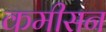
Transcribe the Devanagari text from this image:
कमीसन